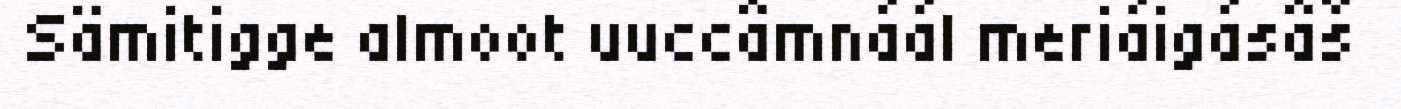
Sämitigge almoot uuccâmnáál meriáigásâš